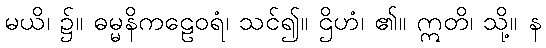
မယိ၊ ၌။ ဓမ္မနိကဠေဝရံ၊ သင်၍။ ဌိဟံ၊ ၏။ ဣတိ၊ သို့။ န